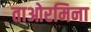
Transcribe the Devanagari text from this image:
ताओरमिना